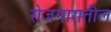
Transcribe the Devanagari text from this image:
रोजगारातील